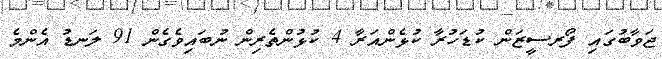
ޖަވާބުގައި ފޯރސީޒަން ކުޑަހުރާ ކުޅެންއަރާ 4 ކުޅުންތެރިން ނުބައިވެގެން 91 ލަނޑު އެންމެ